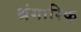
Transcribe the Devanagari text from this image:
श्रंगारिक